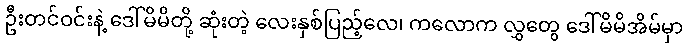
ဦးတင်ဝင်းနဲ့ ဒေါ်မိမိတို့ ဆုံးတဲ့ လေးနှစ်ပြည့်လေ၊ ကလောက လွှတွေ ဒေါ်မိမိအိမ်မှာ